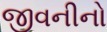
જીવનીનો